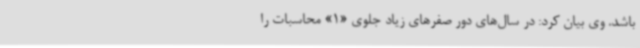
باشد. وی بیان کرد: در سال‌های دور صفرهای زیاد جلوی «1» محاسبات را